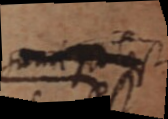
sumi potest